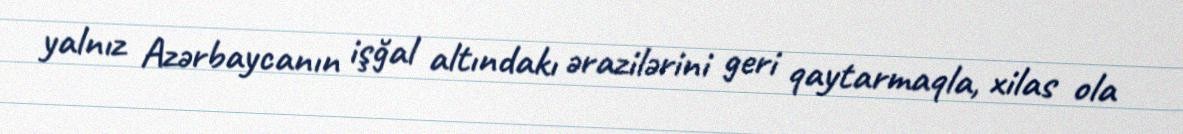
yalnız Azərbaycanın işğal altındakı ərazilərini geri qaytarmaqla, xilas ola